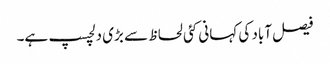
فیصل آباد کی کہانی کئی لحاظ سے بڑی دلچسپ ہے۔